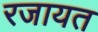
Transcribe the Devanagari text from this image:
रजायत